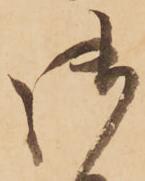
御